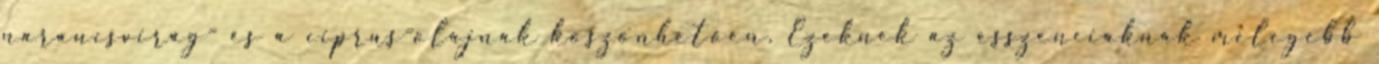
narancsvirág- és a ciprus-olajnak köszönhetően. Ezeknek az esszenciáknak melegebb